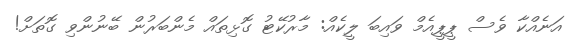
އަނެއްކާ ވެސް ޕީޕީއެމް ވައިބަ ލީކެއް: މާރުކޭޓު ގޮޅިތައް މެންބަރުން ބޭނުންވި ގޮތަށް!